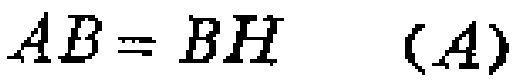
\(AB = BH\quad (A)\)